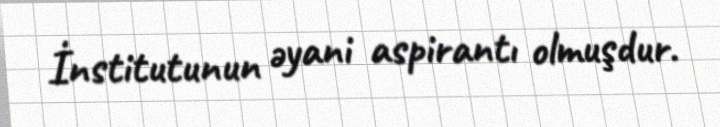
İnstitutunun əyani aspirantı olmuşdur.